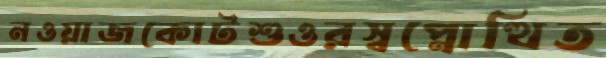
নওয়াজকোটশুওরস্বপ্নোত্থিত